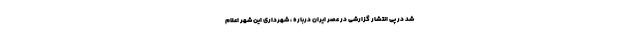
شد در پی انتشار گزارشی در عصر ایران درباره ، شهرداری این شهر اعلام